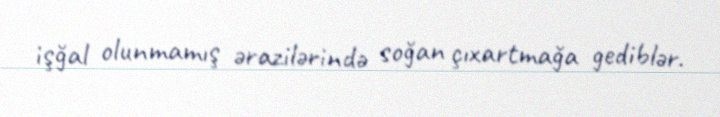
işğal olunmamış ərazilərində soğan çıxartmağa gediblər.